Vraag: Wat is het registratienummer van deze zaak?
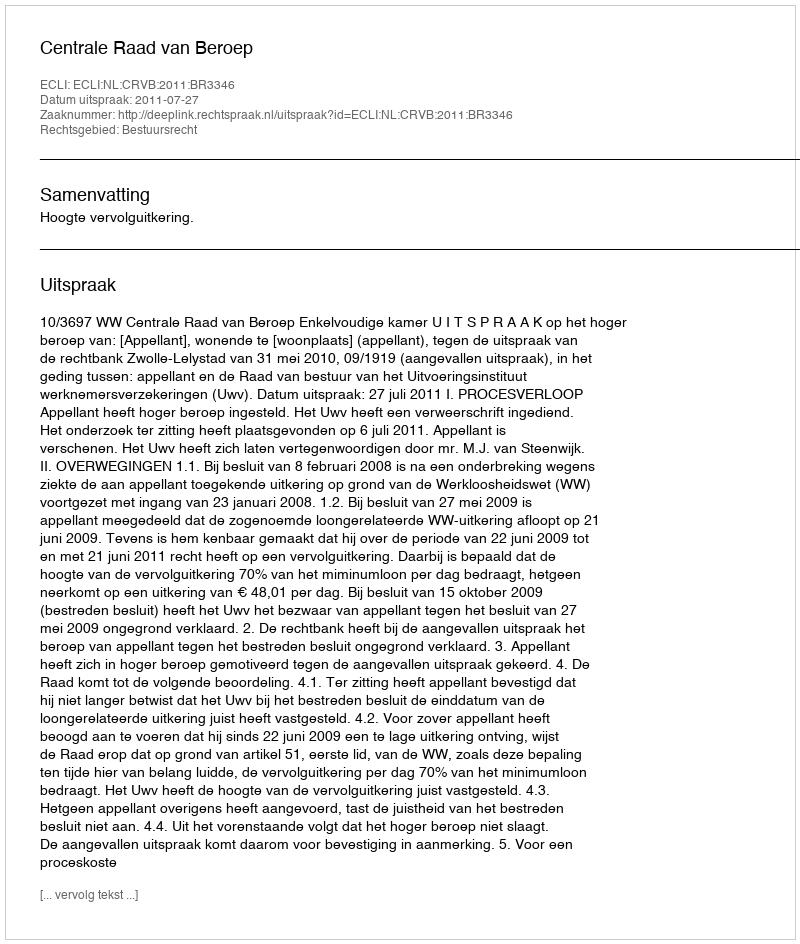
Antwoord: http://deeplink.rechtspraak.nl/uitspraak?id=ECLI:NL:CRVB:2011:BR3346